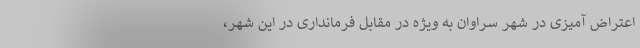
اعتراض آمیزی در شهر سراوان به ویژه در مقابل فرمانداری در این شهر،